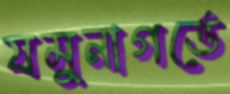
যমুনাগর্ভে